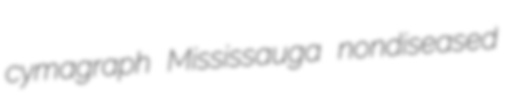
cymagraph Mississauga nondiseased